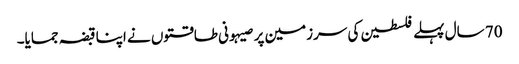
70 سال پہلے فلسطین کی سرزمین پر صیہونی طاقتوں نے اپنا قبضہ جمایا۔